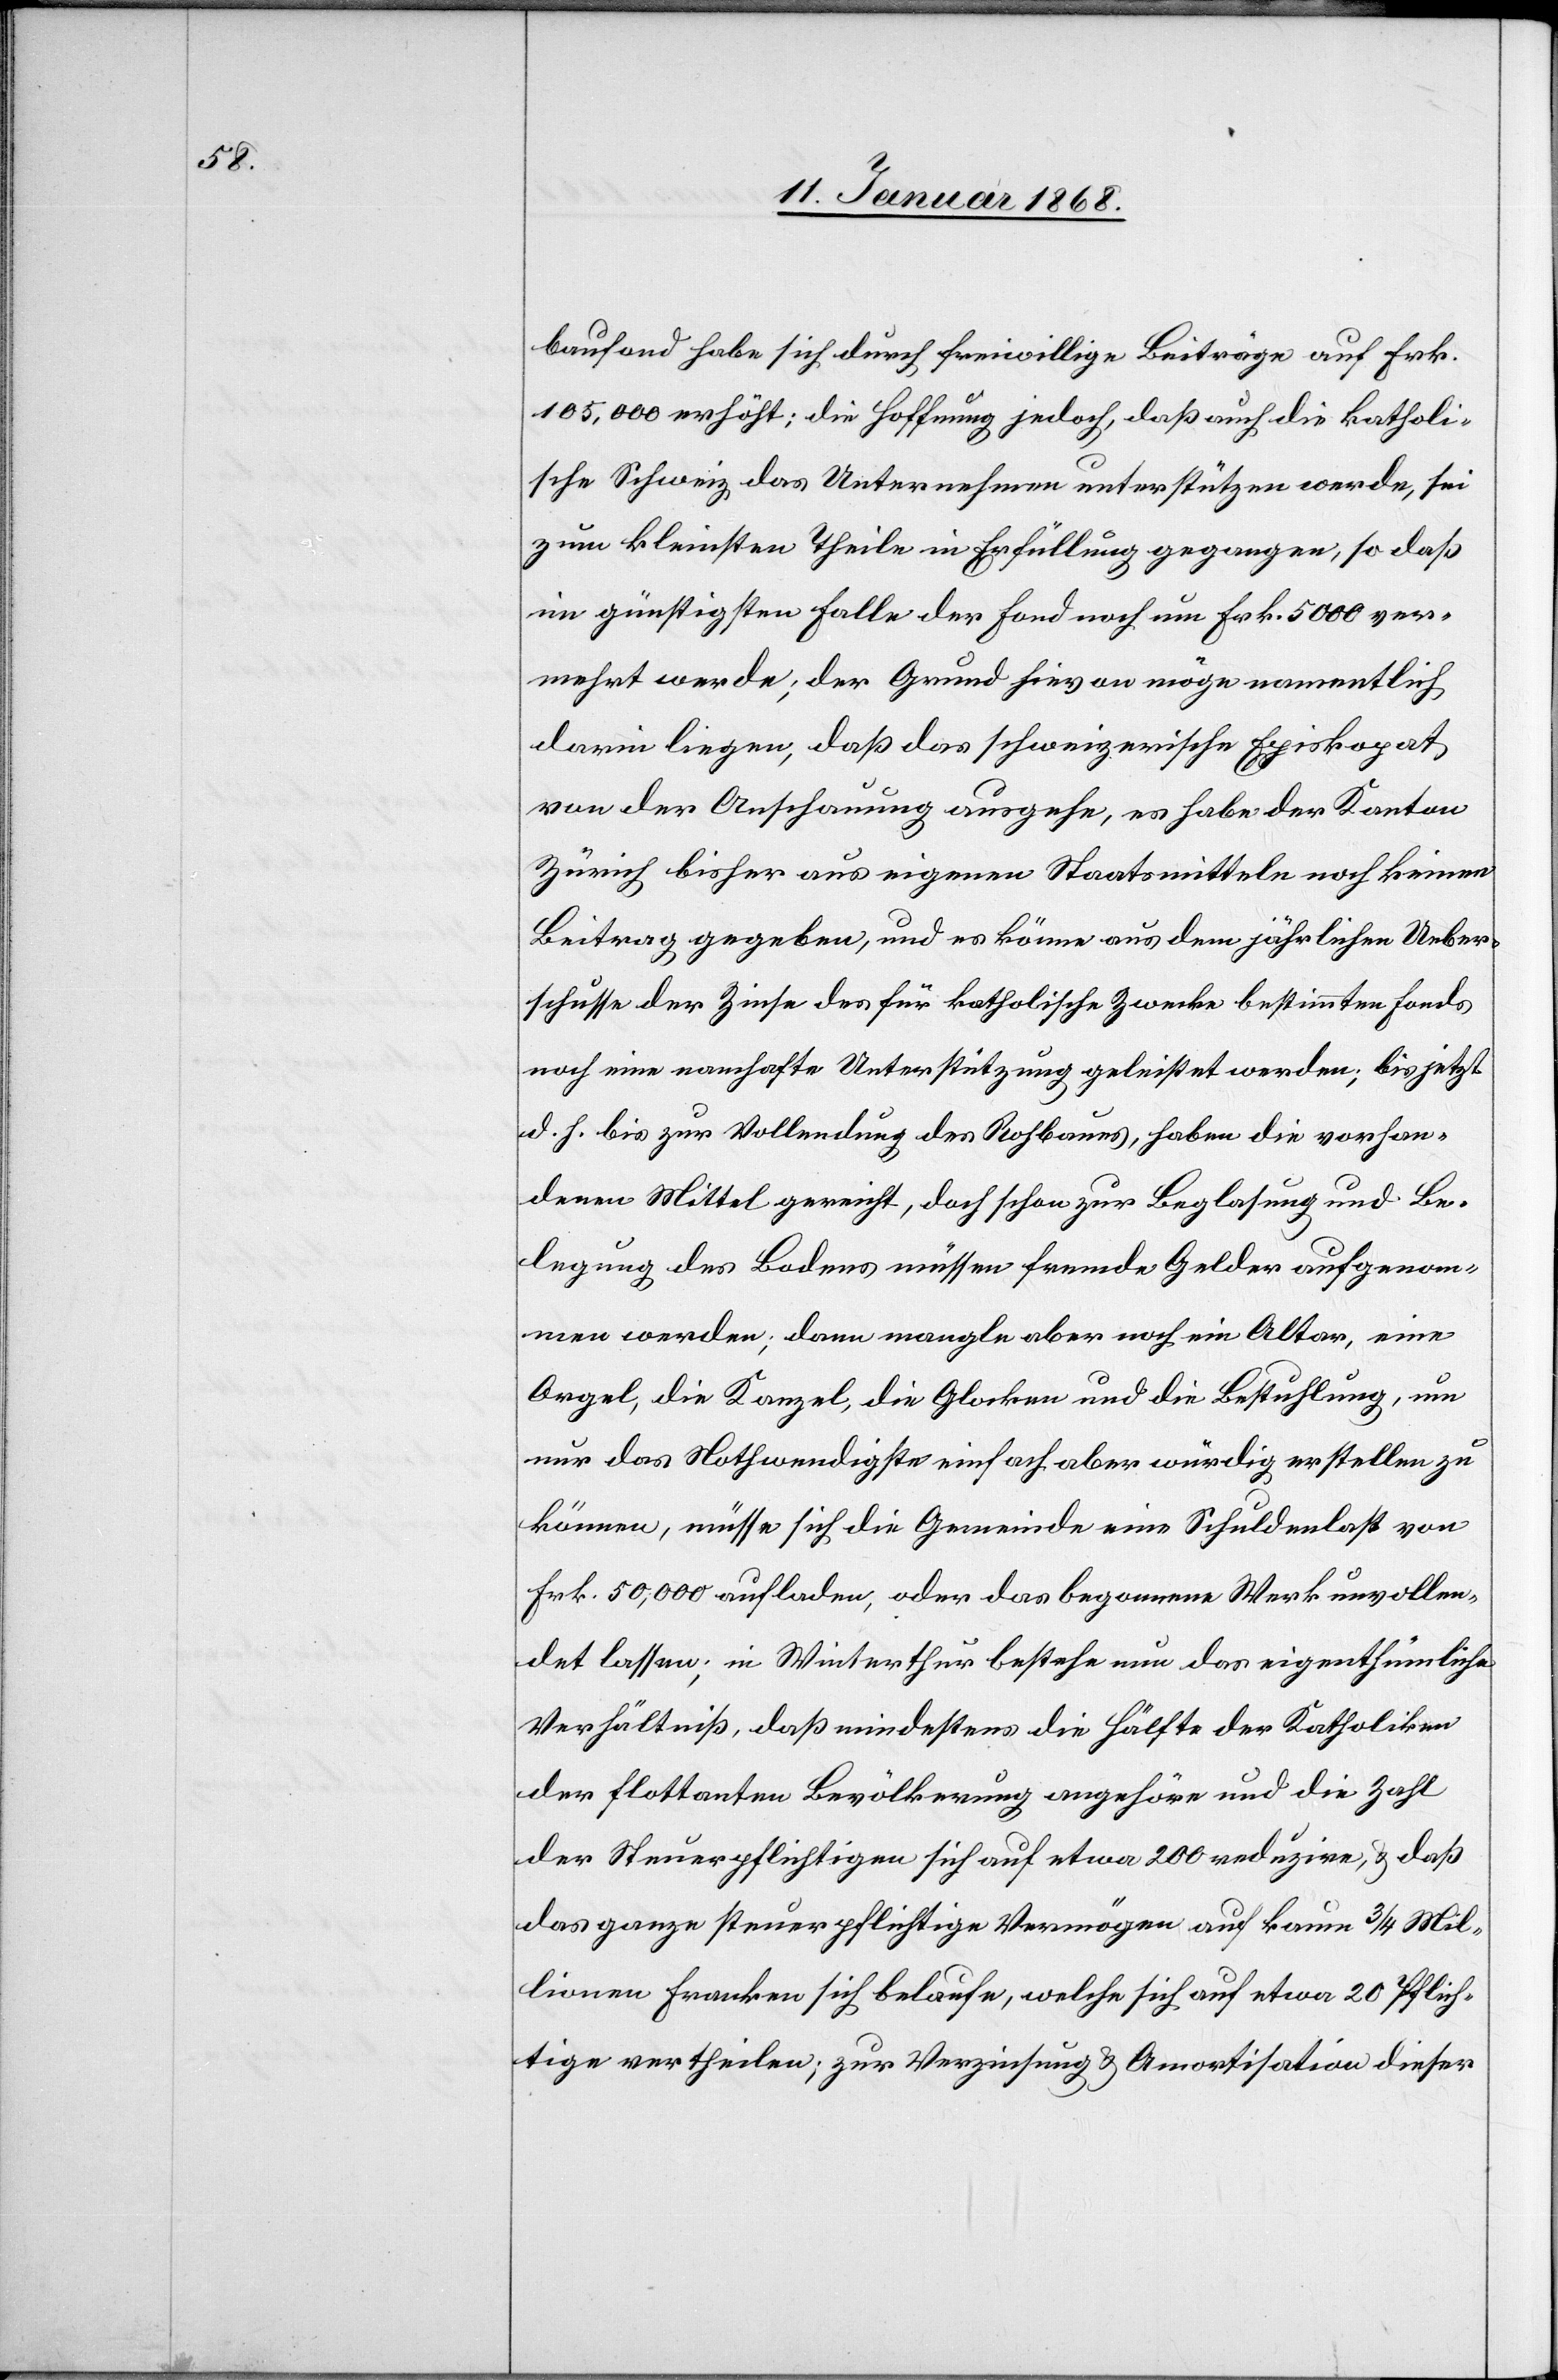
baufond habe sich durch freiwillige Beiträge auf Frk.
105,000 erhöht; die Hoffnung jedoch, daß auch die katholi¬
sche Schweiz das Unternehmen unterstützen werde, sei
zum kleinsten Theile in Erfüllung gegangen, so daß
im günstigsten Falle der Fond noch um Frk. 5000 ver¬
mehrt werde; der Grund hievon möge namentlich
darin liegen, daß das schweizerische Episkopat
von der Anschauung ausgehe, es habe der Kanton
Zürich bisher aus eigenen Staatsmitteln noch keinen
Beitrag gegeben, und es könne aus dem jährlichen Ueber¬
schusse der Zinse des für katholische Zwecke bestimmten Fonds
noch eine namhafte Unterstützung geleistet werden; bis jetzt
d. h. bis zur Vollendung des Rohbaues, haben die vorhan¬
denen Mittel gereicht, doch schon zur Beglasung und Be¬
legung des Bodens müssen fremde Gelder aufgenom¬
men werden; dann mangle aber noch ein Altar, eine
Orgel, die Kanzel, die Glocken und die Bestuhlung, um
nur das Nothwendigste einfach aber würdig erstellen zu
können, müsse sich die Gemeinde eine Schuldenlast von
Frk. 50,000 aufladen, oder das begonnene Werk unvollen¬
det lassen; in Winterthur bestehe nun das eigenthümliche
Verhältniß, daß mindestens die Hälfte der Katholiken
der flottanten Bevölkerung angehöre und die Zahl
der Steuerpflichtigen sich auf etwa 200 reduzire, & daß
das ganze steuerpflichtige Vermögen auf kaum 3/4 Mil¬
lionen Franken sich belaufe, welche sich auf etwa 20 Pflich¬
tige vertheilen; zur Verzinsung & Amortisation dieser